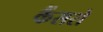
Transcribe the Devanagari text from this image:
कैंसरो